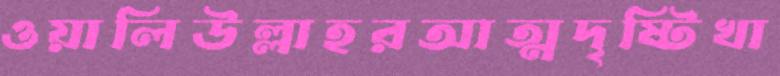
ওয়ালিউল্লাহরআত্মদৃষ্টিখা